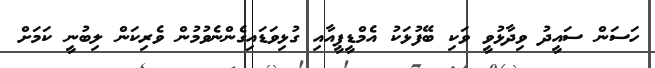
ހަސަން ސައީދު ވިދާޅުވީ ވަކި ބޭފުޅަކު އެމްޑީޕީއާއި ގުޅިވަޑައިގެންނެވުމުން ވެރިކަން ލިބުނީ ކަމަށް